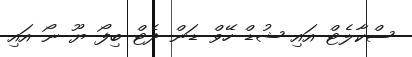
ސްކާލެޓް އައި ޝުޑް ހޭވް ޑަން ދެޓް ބިފޯ ޔޫ ނޯ އައި